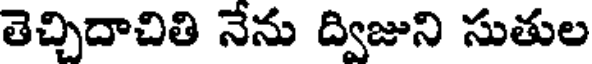
తెచ్చిదాచితి నేను ద్విజుని సుతుల